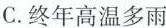
C.终年高温多雨